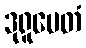
ဒုရူပေတံ